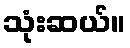
သုံးဆယ်။